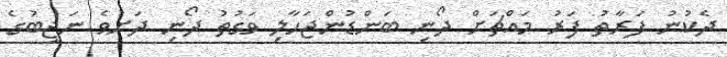
ދެކުނު ފަރާތު ފަރު މައްޗަށް ދޯނި ބަންޑުންޖަހާލި ވަގުތު ދޯނި ދަށުވެ ނަޖީބުގެ